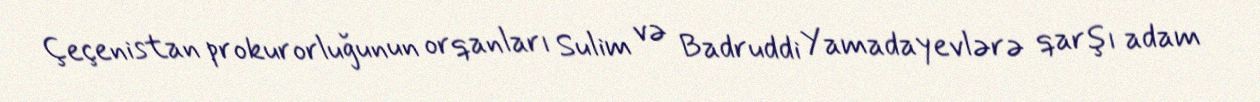
Çeçenistan prokurorluğunun orqanları Sulim və Badruddi Yamadayevlərə qarşı adam